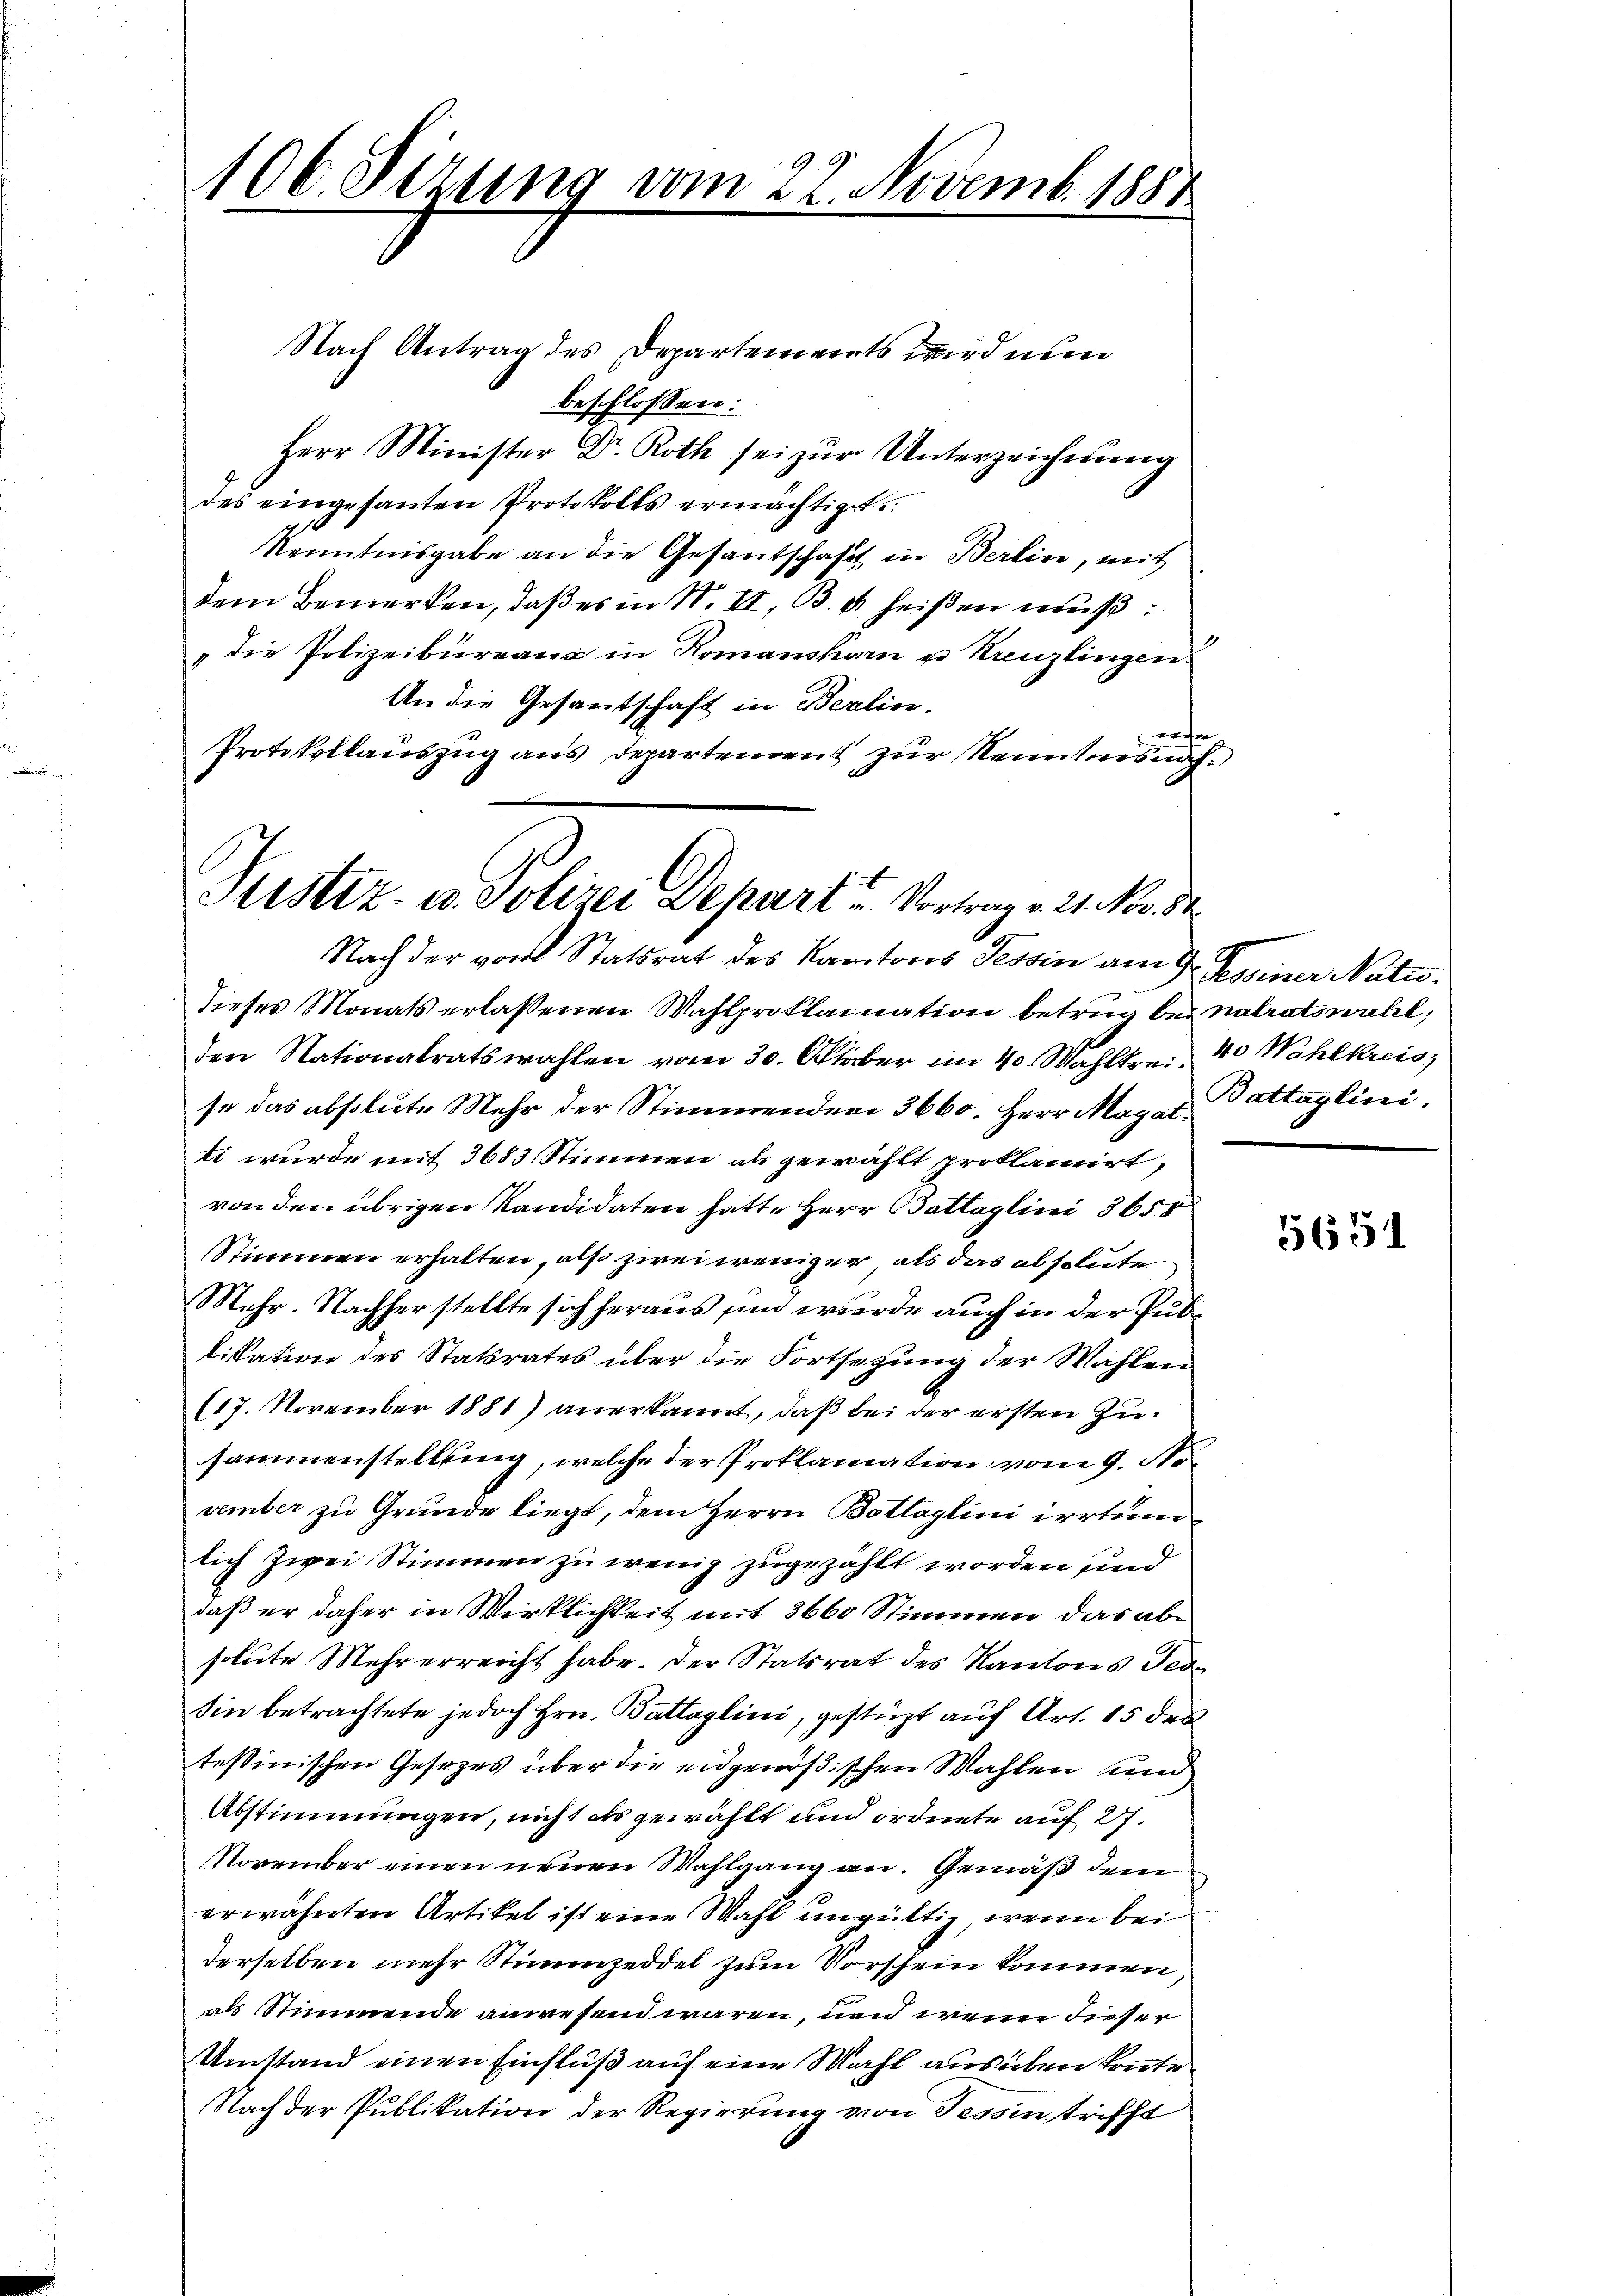
100. Sezung vom 22. Novemb. 1881

Nach Antrag des Departements wird nun
beschlossen:
Herr Minister Dr. Roth sei zŭr Unterzeichnung
des eingesanten Protokolls ermächtiget.
Kenntnisgabe an die Gesantschaft in Berlin, mit
Dem Bemerken, daß es in Nr. II, B. u. heißen muß:
" die Polizeibureaus in Romanshorn u. Kreuzlingen.
An die Gesantschaft in Berlin.
e
Protokollauszug aus Departement zur Kenntnis nach¬

Sistiz- u. Polizei Depart u. Vortrag v. 21. Nov. 84.
Nach der von Statsrat des Kantons Tessin am 9. Sessiner Natu

dieses Monats erlassenen Wahlproklaination betrug bei nalratswahl,
Den Stationalratswahlen vom 30. Oktober im 40 Wahlkrei- 40 Wahlkreis
se das absolute Mehr der Stimmenden 3660. Herr Magar Battaglini.
ti wurde mit 3683 Stimmen als gewählt proklamirt,
von den übrigen Kandidaten hatte Herr Battaglini 3650
Stimmen erhalten, als zwei weniger, als das absolute
Mehr. Nachher stellte sich heraus sind werde auch in der Publikation des Statsrates über die Fortsetzung der Wahlen
(17. November 1881) anerkannt, daß bei der ersten Zusammenstellung, welche der Proklamation vom 9. Nocember zu Grunde liegt, dem Herrn Battaglini irrtum
lich zwei Stimmen zu wenig zugezählt worden sind
daß er daher in Wirklichkeit mit 3660 Stimmen das absolute Mehr erreicht habe. Der Statsrat des Kantons Tede
sin betrachtete jedoch Hrn. Battaglini, gestüzt auf Art. 15 des
tessinischen Gesezes über die eidgenößischen Wahlen und
Abstimmungen, nicht als gewählt und ordnete auf 27.
November einen neuen Wahlgang an. Gemäß dem
erwähnten Artikel ist eine Wahl ungültig, wenn bei
derselben mehr Stimmzeddel zum Vorschein kommen,
als Stimmende anwesend wären, non wenn dieser
Umstand einen Einfluß auf eine Wahl ausüben konte
Nach der Publikation der Regierung von Tessin trifft

5651